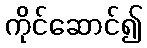
ကိုင်ဆောင်၍